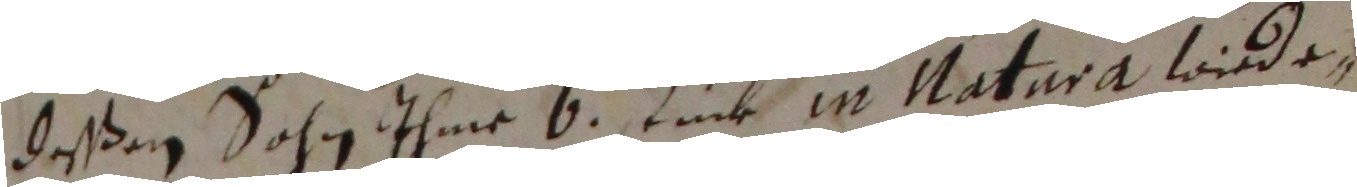
deßen sohn ihme 6 juck in natura wide